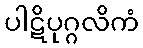
ပါဋိပုဂ္ဂလိကံ